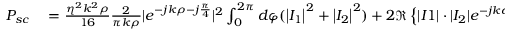
\begin{array} { r l } { P _ { s c } } & { { } = \frac { \eta ^ { 2 } k ^ { 2 } \rho } { 1 6 } \frac { 2 } { \pi k \rho } | e ^ { - j k \rho - j \frac { \pi } { 4 } } | ^ { 2 } \int _ { 0 } ^ { 2 \pi } d \varphi ( \left| I _ { 1 } \right| ^ { 2 } + \left| I _ { 2 } \right| ^ { 2 } ) + 2 \Re \left\{ | I 1 | \cdot | I _ { 2 } | e ^ { - j k d \cos ( \varphi ) - \angle ( I _ { 1 } , I _ { 2 } ) } \right\} } \end{array}